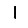
Digit: 1